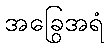
အခြွေအရံ